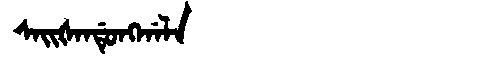
Manchu: ᠰᠠᡳᡧᠠᠨᡩᡠᠩᡤᠠᠯᠠ
Romanization: SAIŠANDUNGGALA